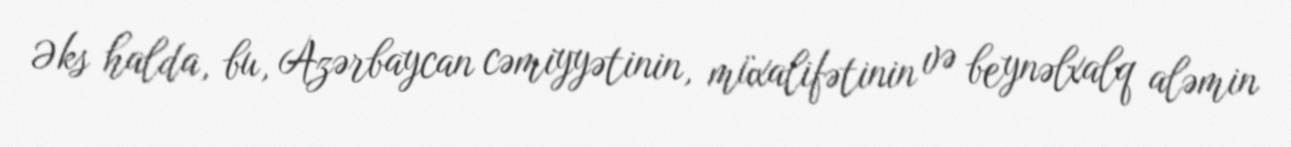
Əks halda, bu, Azərbaycan cəmiyyətinin, müxalifətinin və beynəlxalq aləmin